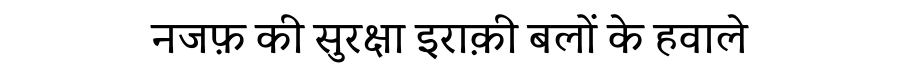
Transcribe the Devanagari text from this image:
नजफ़ की सुरक्षा इराक़ी बलों के हवाले